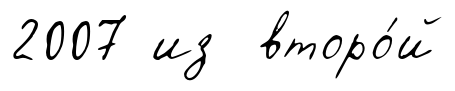
2007 из второ́й